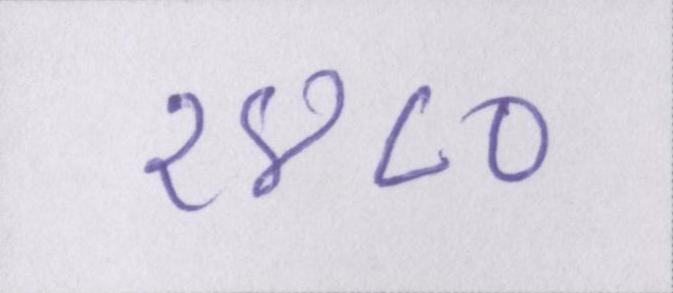
१४८०